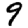
Digit: 9